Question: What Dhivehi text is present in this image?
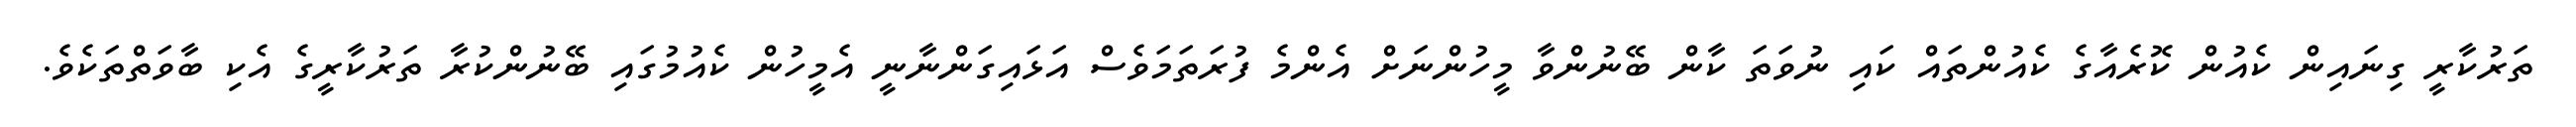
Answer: ތަރުކާރީ ގިނައިން ކެއުން ކޮރެއާގެ ކެއުންތައް ކައި ނުވަތަ ކާން ބޭނުންވާ މީހުންނަށް އެންމެ ފުރަތަމަވެސް އަޅައިގަންނާނީ އެމީހުން ކެއުމުގައި ބޭނުންކުރާ ތަރުކާރީގެ އެކި ބާވަތްތަކެވެ.